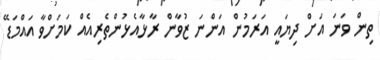
ތިން ވަނަ އަށް ދިޔައީ އަރަމުން އަންނަ ޒުވާން ރާޅާއެޅުންތެރިއެއް ކަމަށްވާ އައްމަޑޭ